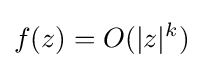
f(z)=O(|z|^{k})